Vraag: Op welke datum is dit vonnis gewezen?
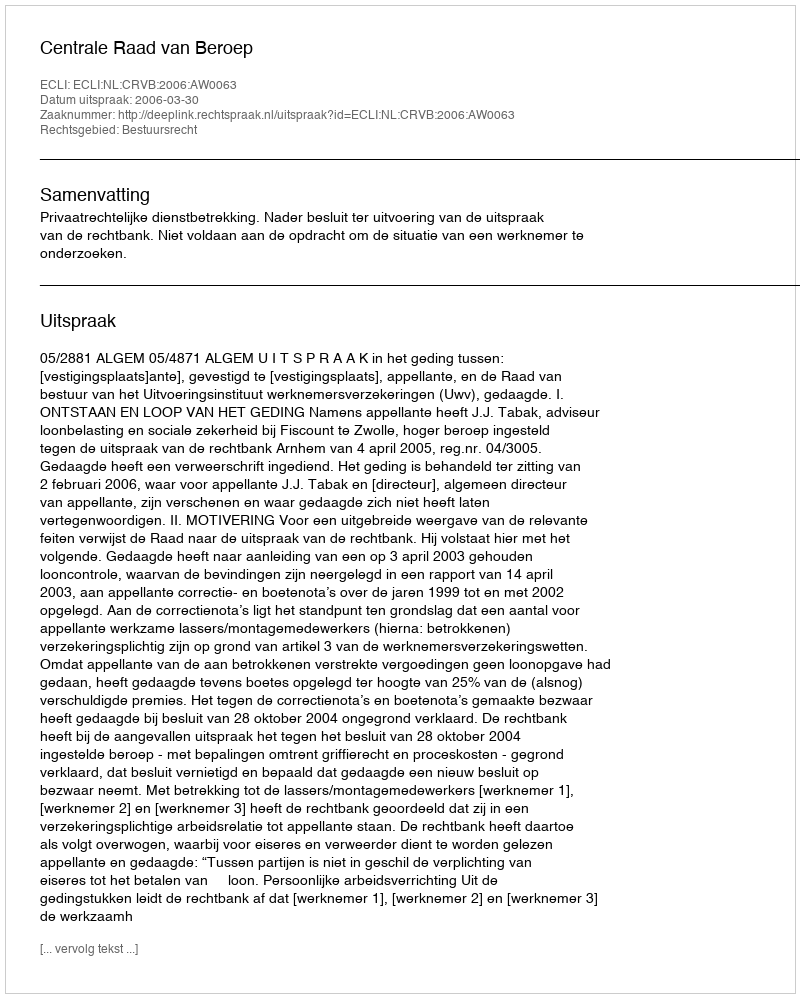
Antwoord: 2006-03-30